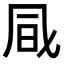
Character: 𠙊